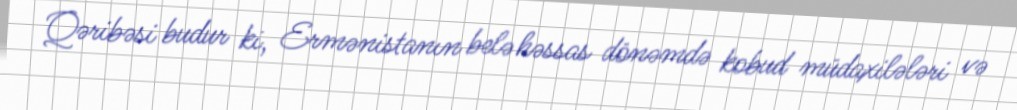
Qəribəsi budur ki, Ermənistanın belə həssas dönəmdə kobud müdaxilələri və